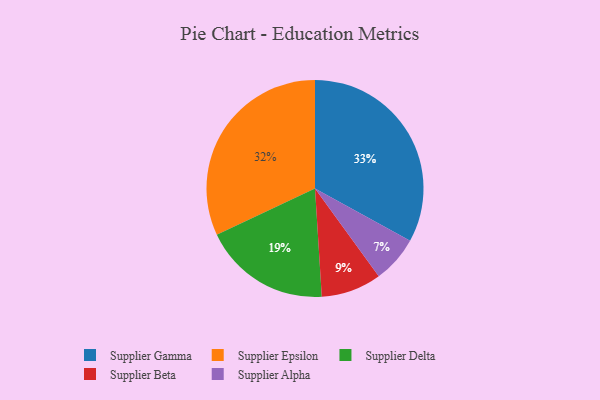
{"axis": {"x": "Category", "y": "Percentage"}, "legend": ["Supplier Alpha", "Supplier Beta", "Supplier Delta", "Supplier Epsilon", "Supplier Gamma"], "data": [{"x": "Supplier Epsilon", "y": 32, "type": "Supplier Epsilon"}, {"x": "Supplier Beta", "y": 9, "type": "Supplier Beta"}, {"x": "Supplier Alpha", "y": 7, "type": "Supplier Alpha"}, {"x": "Supplier Gamma", "y": 33, "type": "Supplier Gamma"}, {"x": "Supplier Delta", "y": 19, "type": "Supplier Delta"}]}